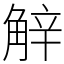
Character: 觪